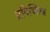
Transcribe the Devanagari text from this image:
प्रविच्छिन्न